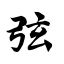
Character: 弦